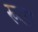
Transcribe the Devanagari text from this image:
रूला